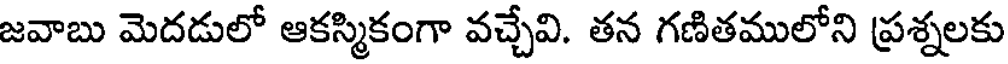
జవాబు మెదడులో ఆకస్మికంగా వచ్చేవి. తన గణితములోని ప్రశ్నలకు